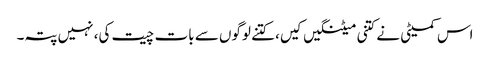
اس کمیٹی نے کتنی میٹنگیں کیں، کتنے لوگوں سے بات چیت کی، نہیں پتہ۔